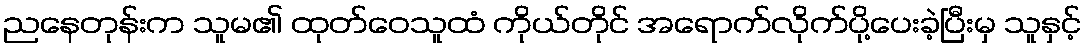
ညနေတုန်းက သူမ၏ ထုတ်ဝေသူထံ ကိုယ်တိုင် အရောက်လိုက်ပို့ပေးခဲ့ပြီးမှ သူနှင့်